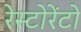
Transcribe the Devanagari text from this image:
रेस्टोरेंटो